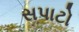
સપાટો